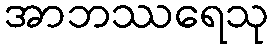
အာဘဿရေသု